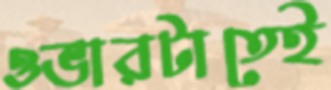
ওভারটাতেই